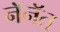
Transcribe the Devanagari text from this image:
नॅनॅत